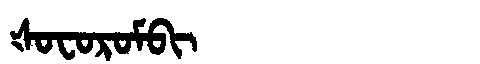
Manchu: ᡧᠣᠸᠣᡵᠣᠮᠪᡳ
Romanization: ŠOFOROMBI